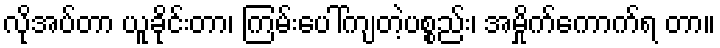
လိုအပ်တာ ယူခိုင်းတာ၊ ကြမ်းပေါ်ကျတဲ့ပစ္စည်း၊ အမှိုက်ကောက်ရ တာ။